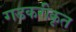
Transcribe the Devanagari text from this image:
गडकरीकृत